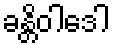
ခန္တိဝါဒေါ